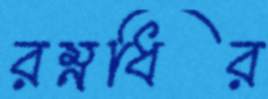
রম্নধির